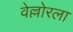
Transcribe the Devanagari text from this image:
वेल्लोरला